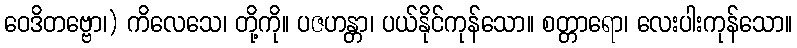
ဝေဒိတဗ္ဗော၊) ကိလေသေ၊ တို့ကို။ ပဇဟန္တာ၊ ပယ်နိုင်ကုန်သော။ စတ္တာရော၊ လေးပါးကုန်သော။